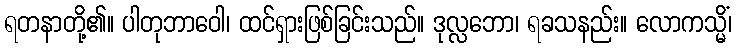
ရတနာတို့၏။ ပါတုဘာဝေါ၊ ထင်ရှားဖြစ်ခြင်းသည်။ ဒုလ္လဘော၊ ရခသနည်း။ လောကသ္မိံ၊